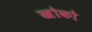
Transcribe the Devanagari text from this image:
खोको